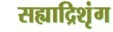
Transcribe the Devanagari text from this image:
सह्याद्रिशृंग